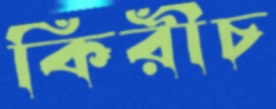
কিরীচ